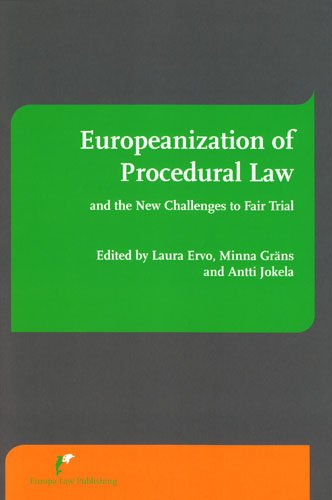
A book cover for Europeanization of Procedural Law and the New Challenges to Fair Trial; Law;